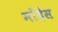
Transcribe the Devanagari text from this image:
मोंदेस